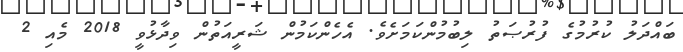
ބައްދަލު ކުރުމުގެ ފުރުޞަތު ލިބުމުންކަމަށެވެ. އެހެންކަމުން ޝަރީއަތުން ވިދާޅުވީ 2018 މެއި 2